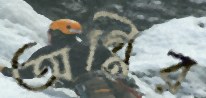
অগ্নির